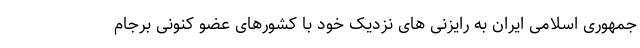
جمهوری اسلامی ایران به رایزنی های نزدیک خود با کشورهای عضو کنونی برجام